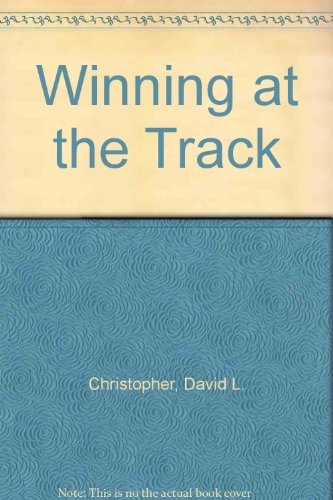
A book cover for Winning at the Track; David L. Christopher; Sports & Outdoors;